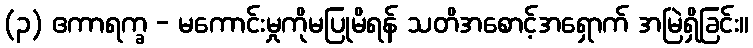
(၃) ဧကာရက္ခ - မကောင်းမှုကိုမပြုမိရန် သတိအစောင့်အရှောက် အမြဲရှိခြင်း။